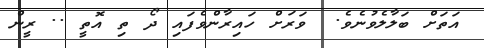
އަތަށް ބަލާލެވުނެވެ.  ވަރަށް ހައިރާންވެފައި ދޯ ތި އޮތީ .. ރީން